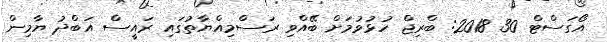
އޯގަސްޓް 30 2018: ބްރިޖް ހުޅުވުމަށް ބޭއްވި ރަސްމިއްޔާތުގައި ރައީސް އަބްދު ޔާމިން